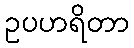
ဥပဟရိတာ